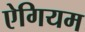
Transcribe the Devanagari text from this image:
ऐगियम